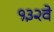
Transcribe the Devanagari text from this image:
१३२वे